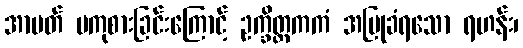
အာပတ် မကုစားခြင်းကြောင့် ဥက္ခိတ္တကကံ အပြုခံရသော ရဟန်း၊